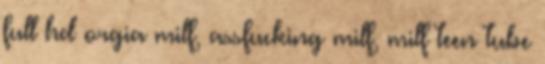
full hd orgia milf, assfucking milf, milf teen tube